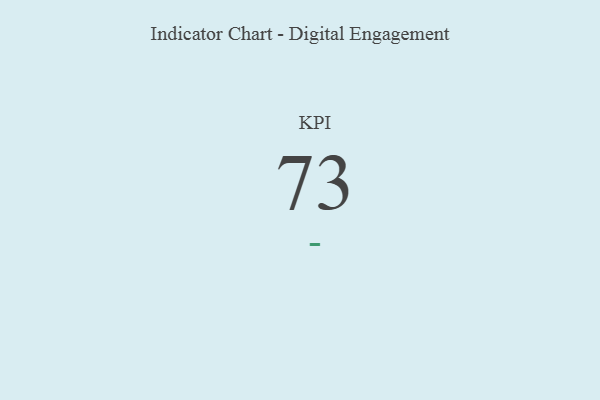
{"axis": {"x": "KPI", "y": "Value"}, "legend": [""], "data": [{"x": "KPI", "y": 73, "type": ""}]}